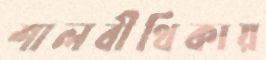
শালবীথিকায়